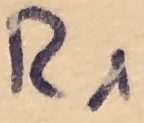
Text: R1